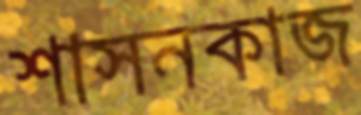
শাসনকাজ